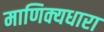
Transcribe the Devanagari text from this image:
माणिक्यधारा